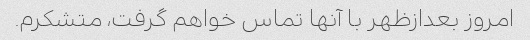
امروز بعدازظهر با آنها تماس خواهم گرفت، متشکرم.